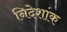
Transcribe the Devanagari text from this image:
निदेशांक